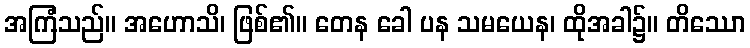
အကြံသည်။ အဟောသိ၊ ဖြစ်၏။ တေန ခေါ ပန သမယေန၊ ထိုအခါ၌။ တိဿော